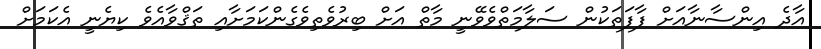
އާދެ އިންސާނާއަށް ފާފަތަކުން ސަލާމަތްވެވޭނީ މާތް އަށް ބިރުވެތިވެގެންކަމަށާއި ތަޤްވާއެވެ ކިޔެނީ އެކަމަށް